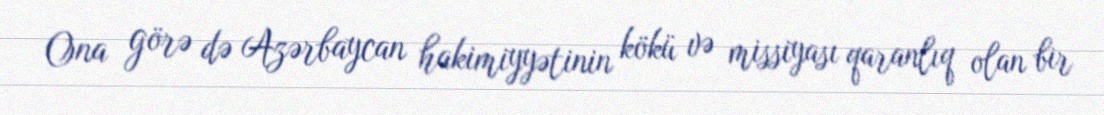
Ona görə də Azərbaycan hakimiyyətinin kökü və missiyası qaranlıq olan bir